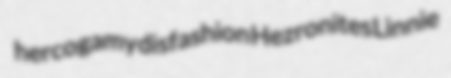
hercogamy disfashion Hezronites Linnie